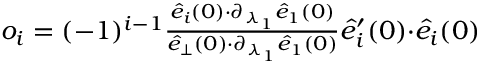
\begin{array} { r } { o _ { i } = ( - 1 ) ^ { i - 1 } \frac { \hat { e } _ { i } ( 0 ) { \cdot } \partial _ { \lambda _ { 1 } } \hat { e } _ { 1 } ( 0 ) } { \hat { e } _ { \perp } ( 0 ) { \cdot } \partial _ { \lambda _ { 1 } } \hat { e } _ { 1 } ( 0 ) } \hat { e } _ { i } ^ { \prime } ( 0 ) { \cdot } \hat { e } _ { i } ( 0 ) } \end{array}